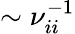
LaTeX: \sim\nu_{ii}^{-1}